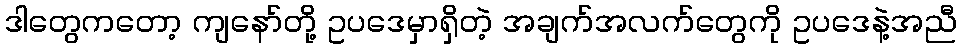
ဒါတွေကတော့ ကျနော်တို့ ဥပဒေမှာရှိတဲ့ အချက်အလက်တွေကို ဥပဒေနဲ့အညီ